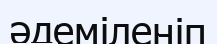
әдеміленіп